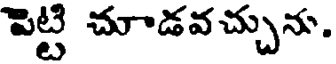
పెట్టి చూడవచ్చును.